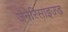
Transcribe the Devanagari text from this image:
जेनेरिसाइज्ड